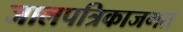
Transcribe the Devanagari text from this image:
जालपत्रिकाजगत